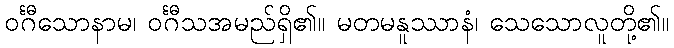
ဝင်္ဂီသောနာမ၊ ဝင်္ဂီသအမည်ရှိ၏။ မတမနူဿာနံ၊ သေသောလူတို့၏။